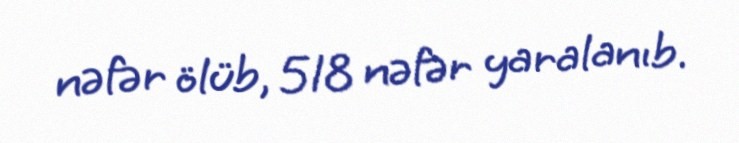
nəfər ölüb, 518 nəfər yaralanıb.